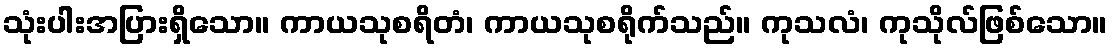
သုံးပါးအပြားရှိသော။ ကာယသုစရိတံ၊ ကာယသုစရိုက်သည်။ ကုသလံ၊ ကုသိုလ်ဖြစ်သော။